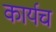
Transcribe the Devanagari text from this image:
कार्यच